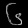
Digit: ၆